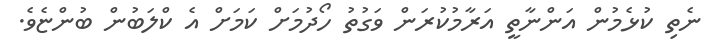
ނެތި ކުޅެމުން އަންނާތީ އަރާމުކުރަން ވަގުތު ހޯދުމަށް ކަމަށް އެ ކްލަބުން ބުންޏެވެ.